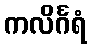
ကလိင်္ဂရံ